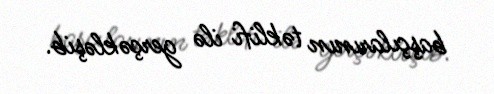
başçılarının təklifi ilə gerçəkləşib.